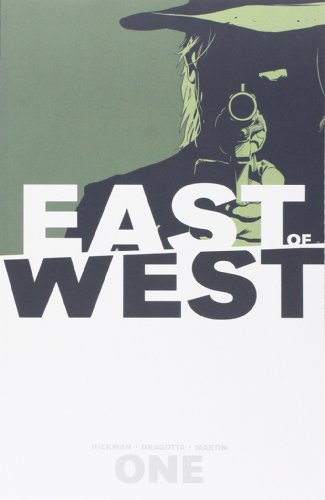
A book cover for East of West Volume 1: The Promise TP; Jonathan Hickman; Comics & Graphic Novels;